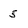
Character: 5